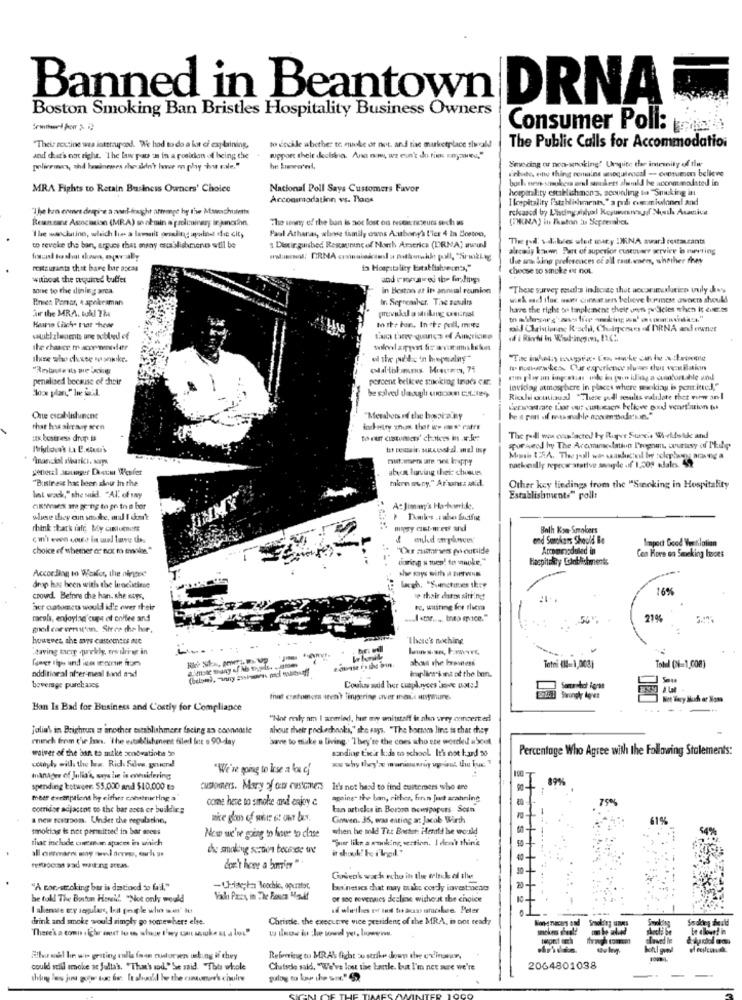
Boston Smoking Ban Bristles Hospitality Business Owners
Banned in Beantown DRNA
Consumer Poll:
"Their restine wes lottrupodd. We had to do a lot ci explaining,
to dockle abether te make or not. and tac marketplace theold
The Public Calls for Accommodation
and that's not right. "The law page :n in a posidon of being the
wpport theit dealsna. Ana nowe we eun't do tink noyau,"
Smocing or near-snaking' Ungite the internity of the
policemas, shi hawinners che don't have o phay hou male."
debate, ette thing remains unoquiencall -- contumon believe
bosh. nere smokees el smokers alwild he accommodated in
MRA Fights to Retain Business Owners' Choice
Nacional Poll Says Customers Favor
hospitality establishmon's. acoveling ta "Smoking int
Accommodation vs. Poos
I lospitality Fstzhlichment
apli camilonel and
"The ban comes dergive a nad-fraght artige hy the Mswochuinthe
released by Lliscing sill Koyuwennesgof Nuth Asantica
Reantane Association (MRA) se almin a preliminary injunction.
The wany of the ban is not lost on teses rateurs such us
(ORNA) in Thaton :u Serreraber,
Paul Athanas, whose family cons Anthony's l'ier 4 In Boston,
"The wanchaino, which lu- a lavnit peiling ayuind the city
The pd v.d.bses ulet wsty MNA award restaurants
to reveke the ban, argues that any escablushmenes will be
s Distinguished Restaurant of North America (DRNA) www
alacaly kowww. Part of superior custuver servier is meeting
the ans Sing preferences of all raut.ener, whether they
Iostaurants that bare har ascas
do Hospitalicy Establishsecm's,"
choose to smoke et not.
without the required buffer
sone to the dining area.
in Bestan at ine annual reunion
"These survey rostl's indicate that wecarimultico vuly des
Pinien Pomer, A spokesman
In. September. The results
far the MRA. tull Th
harre the right ons tanplanene their unn judicies when i cuer.es
prevskal a striking castrial
Haurin Ciich- mar -hewe
to the ban .. Inte peill, move
watlzlwaet une nobleed of
Ilse who cheuse sonw.ke.
el the pathic'n hrepealing"
penalised because of their
percent belkee stwoking trides Cr.
løvidag atmosphere in places where wwwkia is portitted,"
Ricklei coutiausd "These poll results validate thet wirw an- I
One escal lishuncnc
"Merahors of the bospi-any
thar ho sintaog seen
industry mun ther wp is" rater
tts. bustress drop is
toru ciawmety' choices in a leer
Financial sharkci. Nvph
narkelly repecer atative souple of 1,500 wales 49
general Jounger Docu Werfer
abron loving their chusves
"Business has been slou in the
min suny." Ar sans: atid.
Other key findings from the "Smoking in Hospitality
Int wack,"she said. "Al. of Iny
Establishments" poll:
A: Jimmy's Ha-howwhile.
where they can stodkre, mul I don't
rbink stark fate My customers
Both Kom Smokers
and Sonkans Should Be
Impect Good Vertilalian
choice of whether or not mo mmnie."
Accommoduled in
timing s tues! frs smoke."
Hacpitaly Einblickments
Con Hove on Seneking haces
According to Wexler, the ninger
drop has been with the lencistine
16%
crowd. Before the han. she says,
e thair datos sitting
acr catomets would id'e over their
rc, waiting for theva
macals, enjoylag cup of coffee and
«tor. . toto mace."
21%
good car verest'an. Siree che har,
howeves she ars cascoensos aue
There's nothing
"saving taerg quekly, towikrieg in
about the brewers
impliessint at the ben.
Tetni (84=1,008)
Total (N=1.008)
additional after-meal fond mad
Sou
beverage purchases
Coulis said her traplayces have not :!
Inat costomers tten't lingering aver mais stymune.
Swunghy Ages
Ban Is Bad for Business and Costly for Compliance
...
"Not mily am I antried, hut my emitstaff is alen very concerted
Jolia' in Brightun a another establishment facing as coonente
ahout their pockachnaks," she says, "The borren line is thar chisy
minch from chie laan. "The establishment filed for a 90-day
'save to niuke a living. . "They're the coes who ste worded about
waiver of the ban to mike sonowatinha in
sanding t'acir k.da co school. It's not hard 58
Percentage Who Agree with the Following Statements:
zw why they' warumunniy uwrist thu bux. "
comply with the la. Rich Sdvs, gsuerd!
"We're going to Irse a los cf
manager of Julia's, says he is evidering
spending Estween. $5.000 and $10,000 es
customers. Mary of ot customers It's not beed to find customers who ene
mheer exemptlent hy either constructing a
come here to smoke and enjoy c
agine- the ban, rither, firn Jut arahning
corridor adjacent co the bar acta er buildfir ;
tan articks in Borson oceipapets. Scan
a new restroom. Under che regulation,
Gowven. 35, was eating ar Jacob Wirth
smoking is not permitted in bar ssess
when he told The Boston Herald he would
That include onezman spacex in which
New we're going to have to clase
"pur like a sonking section. I don't think
don't home a barrier".
Gosen's wach echo in the olnek of the
"A non-smoking bar is dastiood to fail."
ba'nesses chat may take cordy invest-vente
he tokl The Boston Howil. "Not only would
or soc revenues decline wichert the choice
I alenase czy segulars, boat people who we' It
drink and smoke would simply go somewhere else.
Chrisle, the executive vice president of the MRA, is not ready
There's a town s lgher out lo en whuge I'ery can suikast a lot"
Allvarsal le wi grating tulls faen tudorsen ushing if they
could still smoke ac Jultab. "That's sod."Se said "This oleole
Chatsele said, "We've lost the bartle, but I'm not sure we're
2064801038
gulog to love the sor." $2